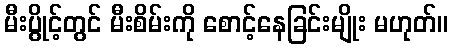
မီးပွိုင့်တွင် မီးစိမ်းကို စောင့်နေခြင်းမျိုး မဟုတ်။